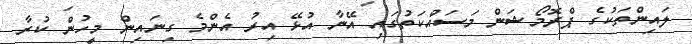
ލައިންތަކުގެ ޕްރޮމޯޝަން މަސަައްކަތުގައި އޭނާ އުޅޭ އިރު އެންމެ ގިނައިން މީހުން ކުރާ